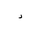
Letter: _dal